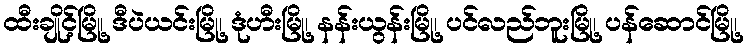
ထီးချိုင့်မြို့၊ ဒီပဲယင်းမြို့၊ ဒုံဟီးမြို့၊ နန်းယွန်းမြို့၊ ပင်လည်ဘူးမြို့၊ ပန်ဆောင်မြို့၊